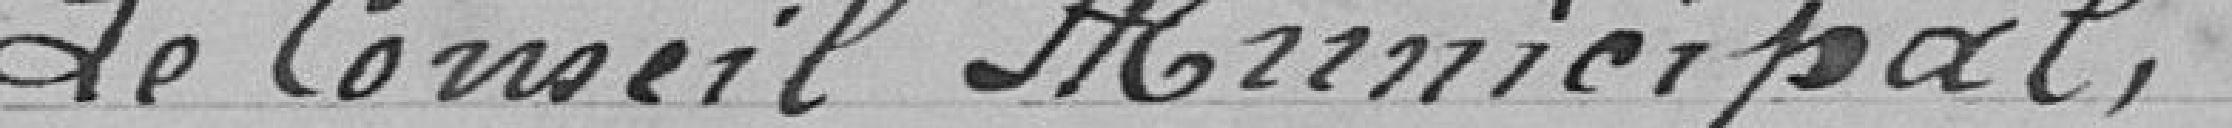
Le Conseil Municipal,